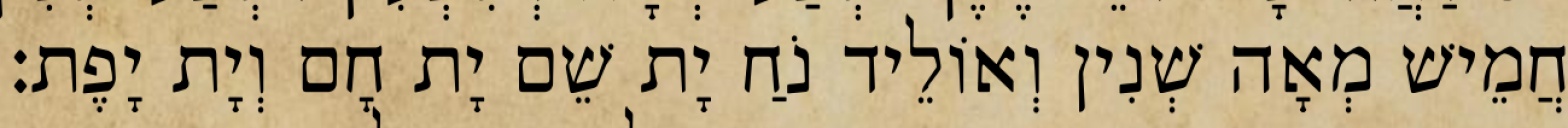
חֲמֵישׁ מְאָה שְׁנִין וְאוֹלֵיד נֹחַ יָת שֵׁם יָת חָם וְיָת יָפֶת׃